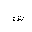
Letter: _shin